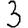
Digit: 3